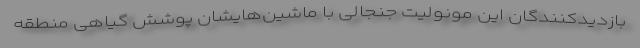
بازدیدکنندگان این مونولیت جنجالی با ماشین‌هایشان پوشش گیاهی منطقه